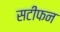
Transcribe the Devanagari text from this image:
सटीफन